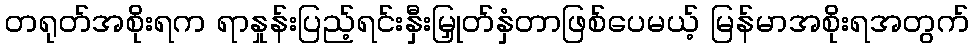
တရုတ်အစိုးရက ရာနှုန်းပြည့်ရင်းနှီးမြှုတ်နှံတာဖြစ်ပေမယ့် မြန်မာအစိုးရအတွက်